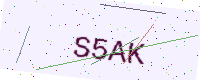
Text: S5AK